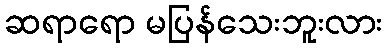
ဆရာရော မပြန်သေးဘူးလား